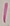
Text: 1